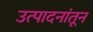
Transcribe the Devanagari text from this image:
उत्पादनांतून